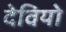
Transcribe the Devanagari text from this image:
देवियो